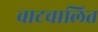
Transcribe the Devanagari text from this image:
वाटचालित